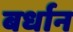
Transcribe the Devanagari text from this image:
बर्धान